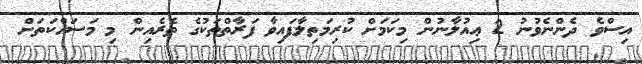
އިސްވެ ދެންނެވުނު 2 ޢިއުލާނުން މިކަމަށް ކުރިމަތިލާފައިވާ ފަރާތްތަކުގެ ތެރެއިން މި މަސައްކަތަށް